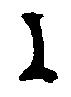
に